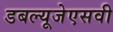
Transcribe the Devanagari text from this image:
डबल्यूजेएसवी